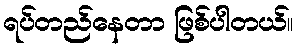
ရပ်တည်နေတာ ဖြစ်ပါတယ်။